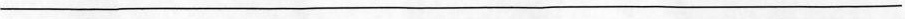
___